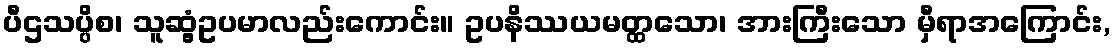
ပီဌသပ္ပိစ၊ သူဆွံ့ဥပမာလည်းကောင်း။ ဥပနိဿယမတ္ထသော၊ အားကြီးသော မှီရာအကြောင်း,